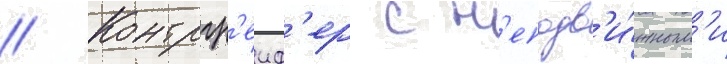
// Контргр'еиф'ер с н'еподв'и́жным'и